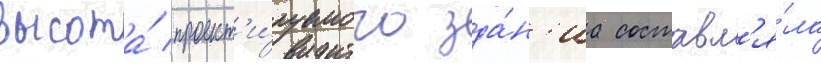
высота́ проект'и́руемого зда́н'иа составл'я́ла